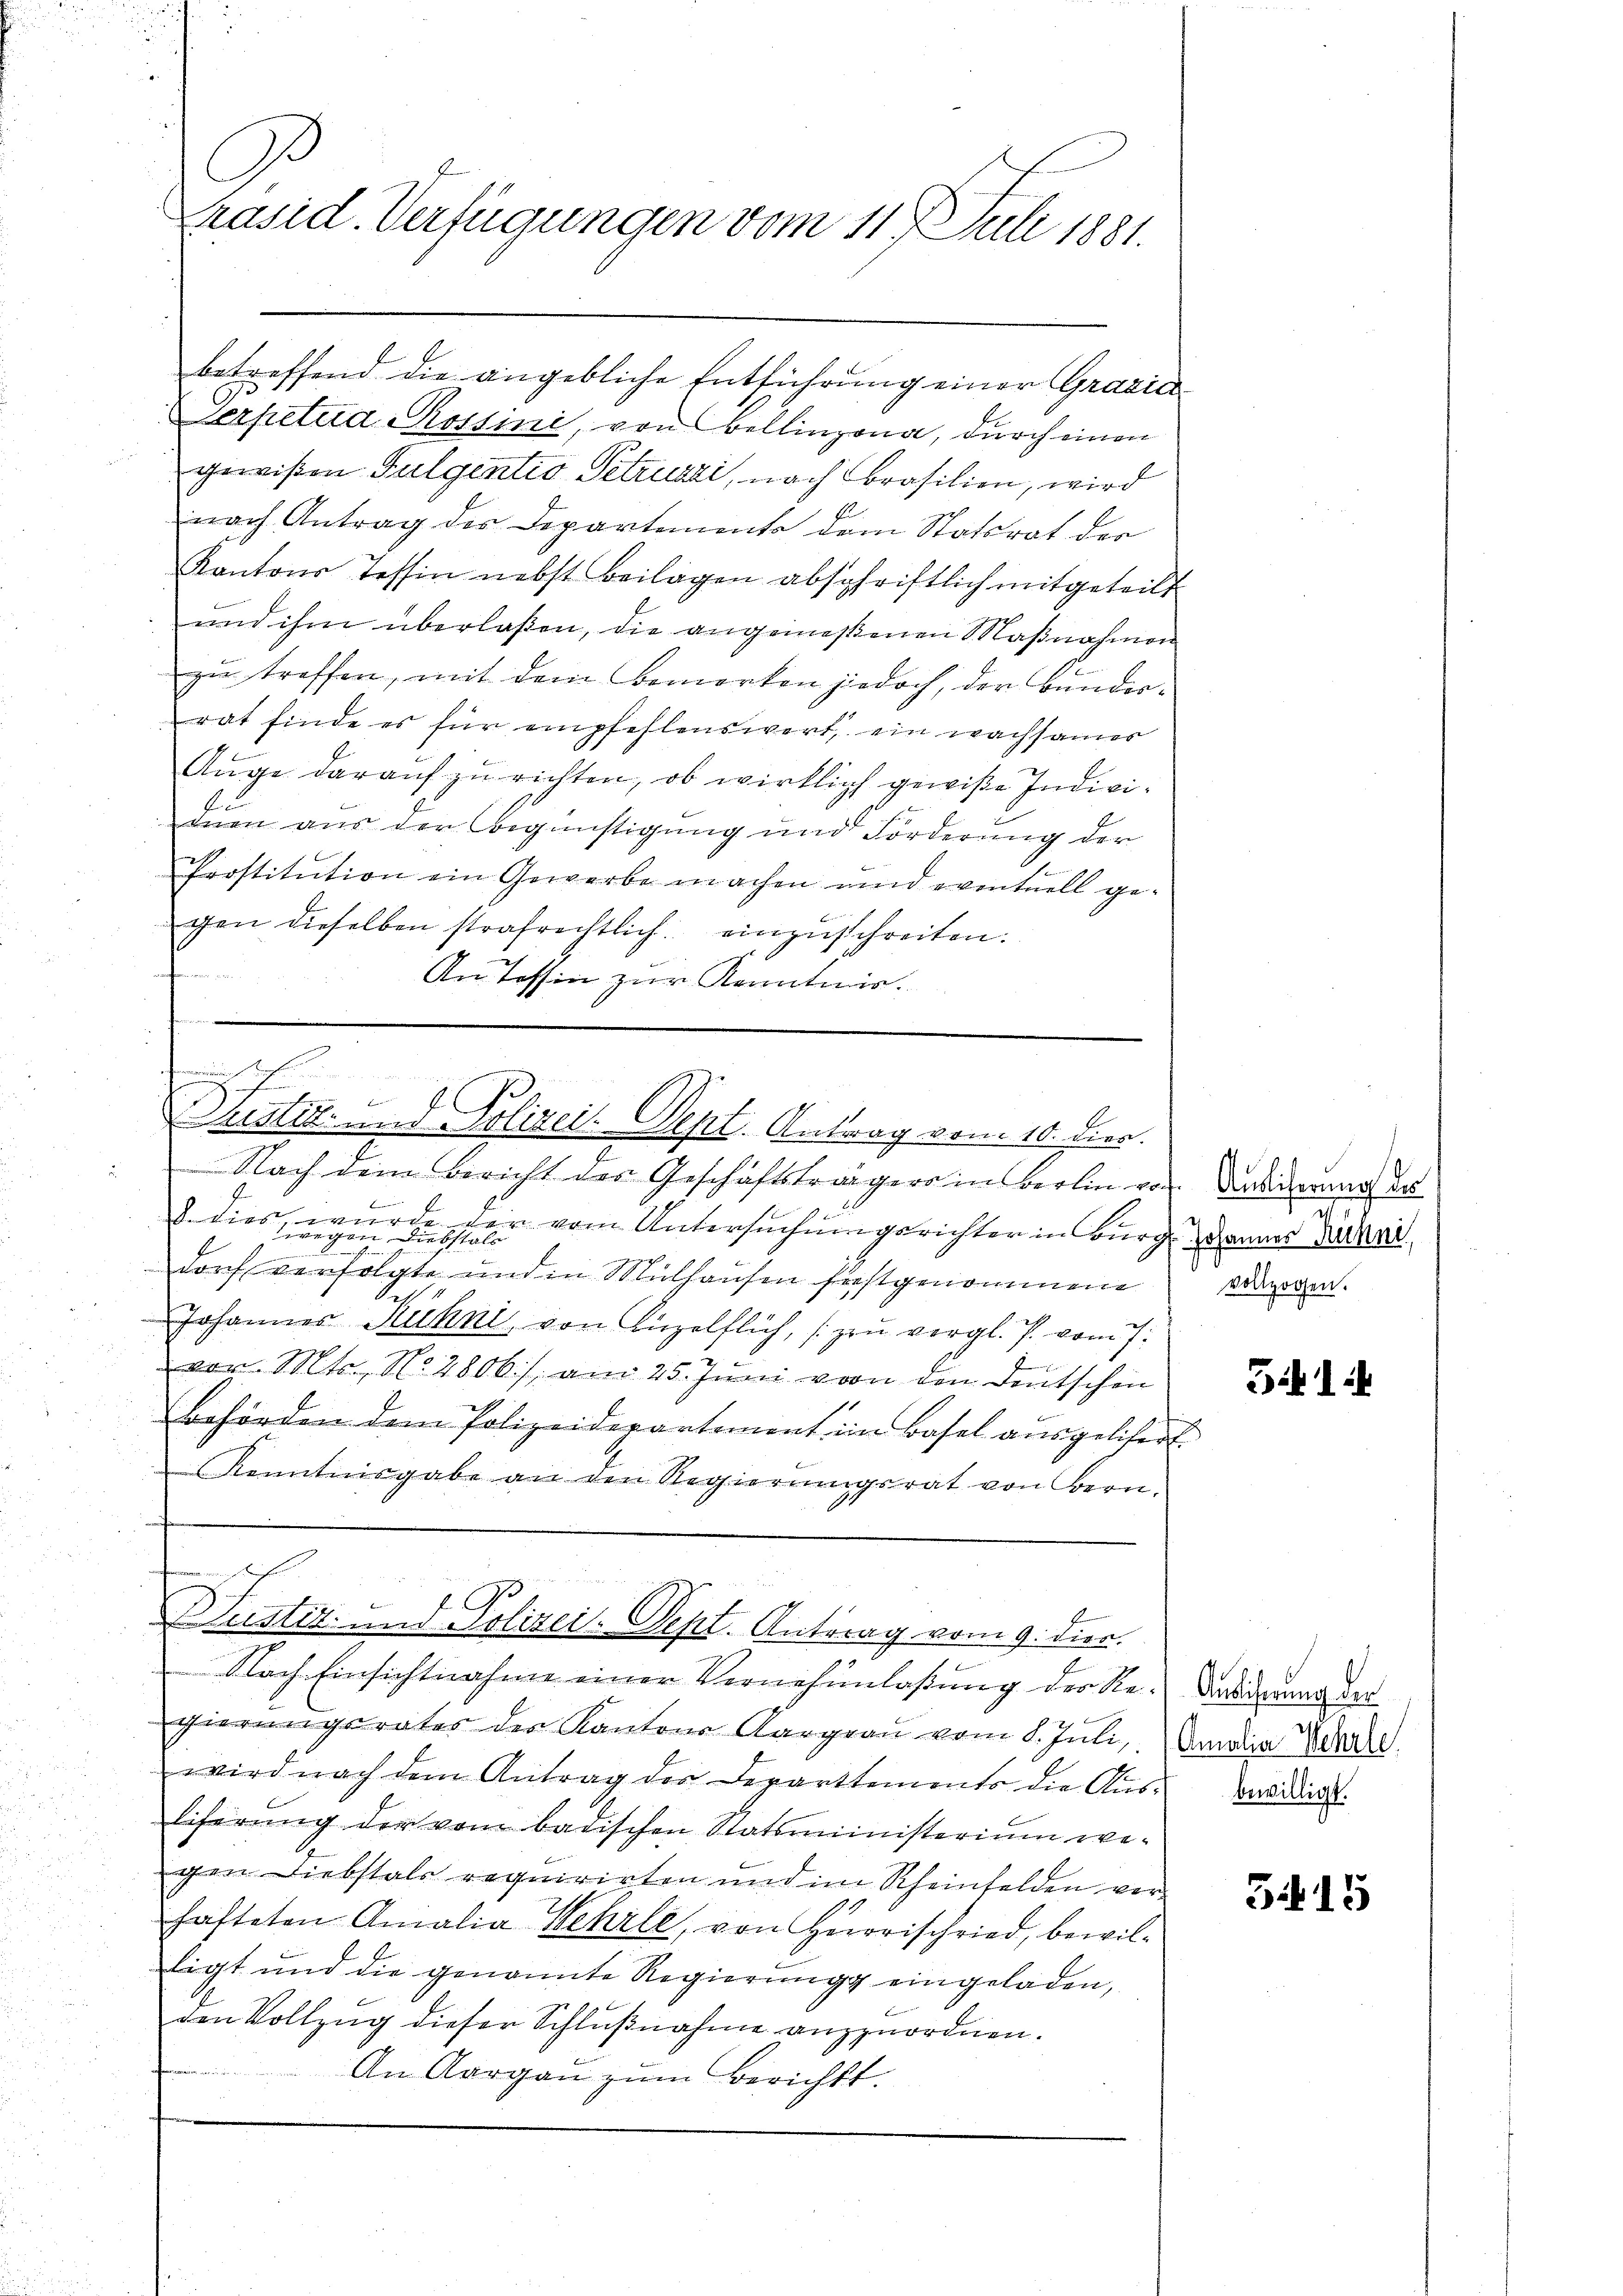
C
räsid. Verfügungen vom 11. Juli 1881.

betreffend die angebliche Entführung einer Gravić-
erpetuid Rossini, von Bellinzona, durch einen
gewißen Fulgentio Petruzzi, nach Brasilien, wird
Ei
nach Antrag des Departements dem Statsrat der
Kantons Tessin nebst Beilagen abschriftlich mitgeteilt
und ihm überlassen, die angemeßenen Maßnahmen
zu treffen, mit dem Bemerken jedoch, der Bunderrat finde es für empfehlenswert, ein wachsamer
Auge darauf zu richten, ob wirklich gewiße Indivi¬
A
dnen aus der Begünstigung und Forderung der
Prostitution ein Gewerbe machen und eventuell ge-
gen dieselben strafrechtlich einzuschreiten.
An Tessin zur Kenntnis.

Nach dem Bericht des Geschäftsträgers in Berlin von Dekorner des

8. dies, wurde dir vom Untersuchung gerichter in Burg dannes Vate
 shen
dorf verfolgte und in Mülhausen festgenommene
Johannes Kühni, von Anzelflich, zu vergl. P. vom 7.
8
vor. Mts., N. 2806/, am 25. Juni von den Deutschen
Behörden dem Polizeidepartement im Basel ausgelisert.
Kenntnisgabe an den Regierŭngsrat von Bern.

Nach Einsichtnahme einer Vernehmlassung des Regierungsrates der Kantons Aargaŭ vom 8. Jŭli,
wird nach dem Antrag der Departtements die Aŭs- Cuvidirt.
liferung der vom badischen Statsministerium we-
gen Diebstals requirirten und im Rheinfelden verhafteten Amalia Wehrle, von Herorischried, bewilligt und die genannte Regierung eingeladen,
den Vollzug dieser Schlŭβnahme anzuordnen.

An Aargau zum Berichts.

dmann
7

Tristik- und Polizei-Dept. Antrag vom 10. dies

ves, warens den Fre
3
lustiz- und Polizei-Sept. Antrag vom 9. dies.

II
vollzogen.

514

Ansicherung der
Amalia Wehrle

315